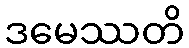
ဒမေဿတိ